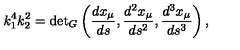
k _ { 1 } ^ { 4 } k _ { 2 } ^ { 2 } = { \det } _ { G } \left( \frac { d x _ { \mu } } { d s } , \frac { d ^ { 2 } x _ { \mu } } { d s ^ { 2 } } , \frac { d ^ { 3 } x _ { \mu } } { d s ^ { 3 } } \right) ,